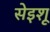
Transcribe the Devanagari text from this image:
सेइशू